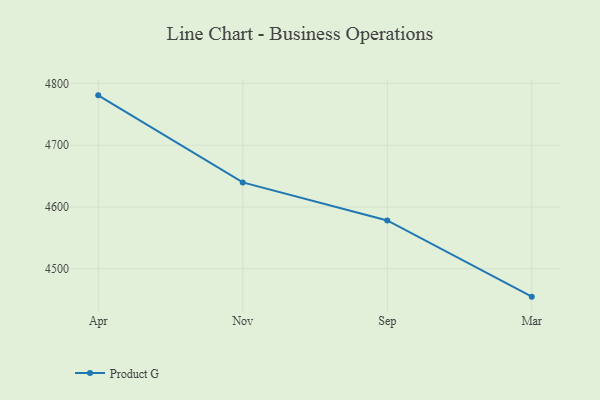
{"axis": {"x": "Month", "y": "Bounce Rate (%)"}, "legend": ["Product G"], "data": [{"x": "Apr", "y": 4780.7, "type": "Product G"}, {"x": "Nov", "y": 4639.7, "type": "Product G"}, {"x": "Sep", "y": 4578.1, "type": "Product G"}, {"x": "Mar", "y": 4454.8, "type": "Product G"}]}